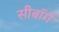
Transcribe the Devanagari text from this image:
सीबॉर्ग